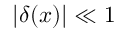
\vert \delta ( x ) \vert \ll 1